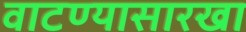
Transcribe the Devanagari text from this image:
वाटण्यासारखा